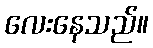
လေးနေသည်။